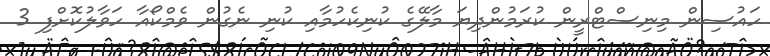
ހައުސިން މިނިސްޓްރީން ކުރަމުންދިޔަ މާލޭގެ ކުނިކެހުމާއި ކުނި ނެގުން ވެމްކޯއާ ހަވާލުކޮށްފި 3